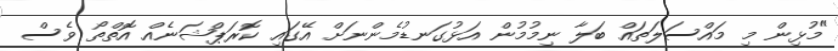
"މުޅިން މި މައްސަލަތައް ބަލާ ނިމުމުން އަޅުގަނޑުމެންނަށް އޭގައި ކޮރަޕްޝަނެއް އޮތްތޯ ވެސް